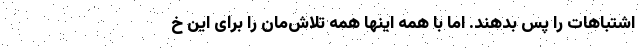
اشتباهات را پس بدهند. اما با همه اینها همه تلاش‌مان را برای این خ